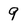
Character: 9